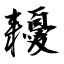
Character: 耰